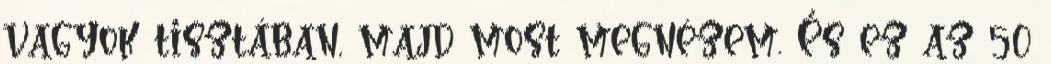
vagyok tisztában, majd most megnézem. És ez az 50